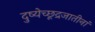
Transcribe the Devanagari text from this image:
दुष्येच्छूद्रजातीनां